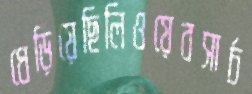
ধেড়িয়েছিলিওয়েবসার্চ